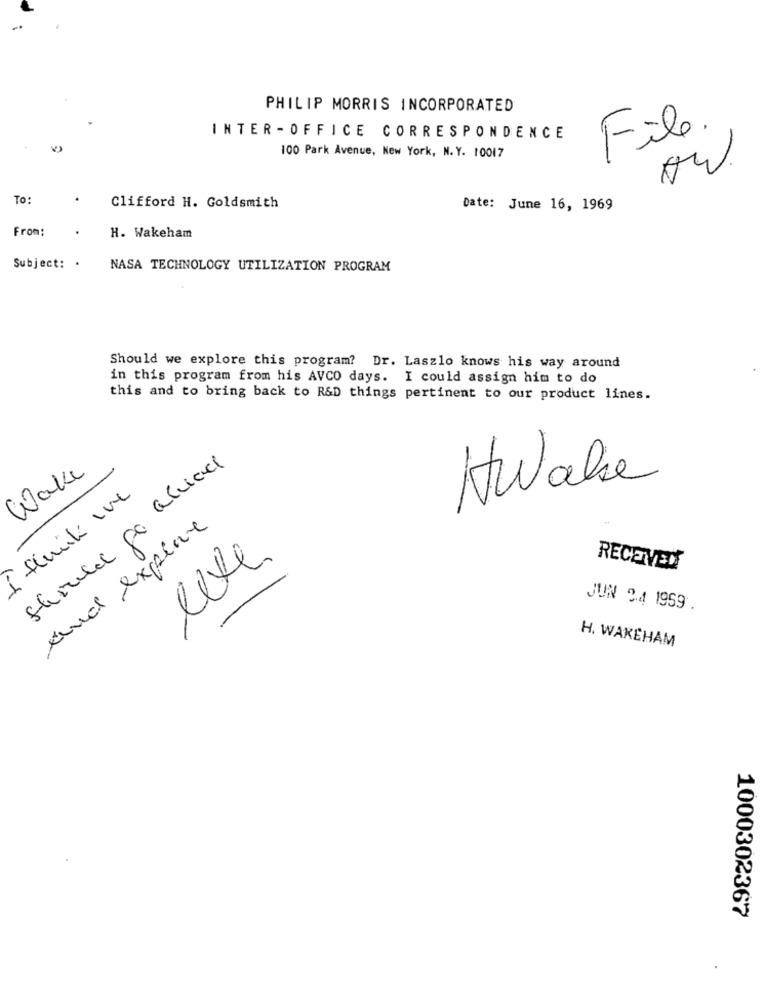
PHILIP MORRIS INCORPORATED
INTER - OFFICE CORRESPONDENCE
File.
100 Park Avenue, New York, N.Y. 10017
To:
Clifford H. Goldsmith
Date: June 16, 1969
From:
.
H. Wakeham
Subject: .
NASA TECHNOLOGY UTILIZATION PROGRAM
Should we explore this program? Dr. Laszlo knows his way around
in this program from his AVCO days. I could assign him to do
this and to bring back to R&D things pertinent to our product lines.
Wake
HWake
I fluidi une
and explore
lite
RECEIVED
JUN 24 1959 .
H. WAKEHAM
1000302367